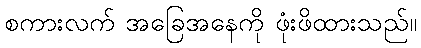
စကားလက် အခြေအနေကို ဖုံးဖိထားသည်။